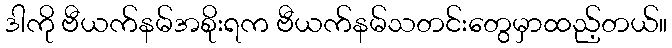
ဒါကို ဗီယက်နမ်အစိုးရက ဗီယက်နမ်သတင်းတွေမှာထည့်တယ်။